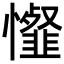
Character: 𢤯